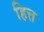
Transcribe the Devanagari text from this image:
हित्त